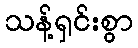
သန့်ရှင်းစွာ